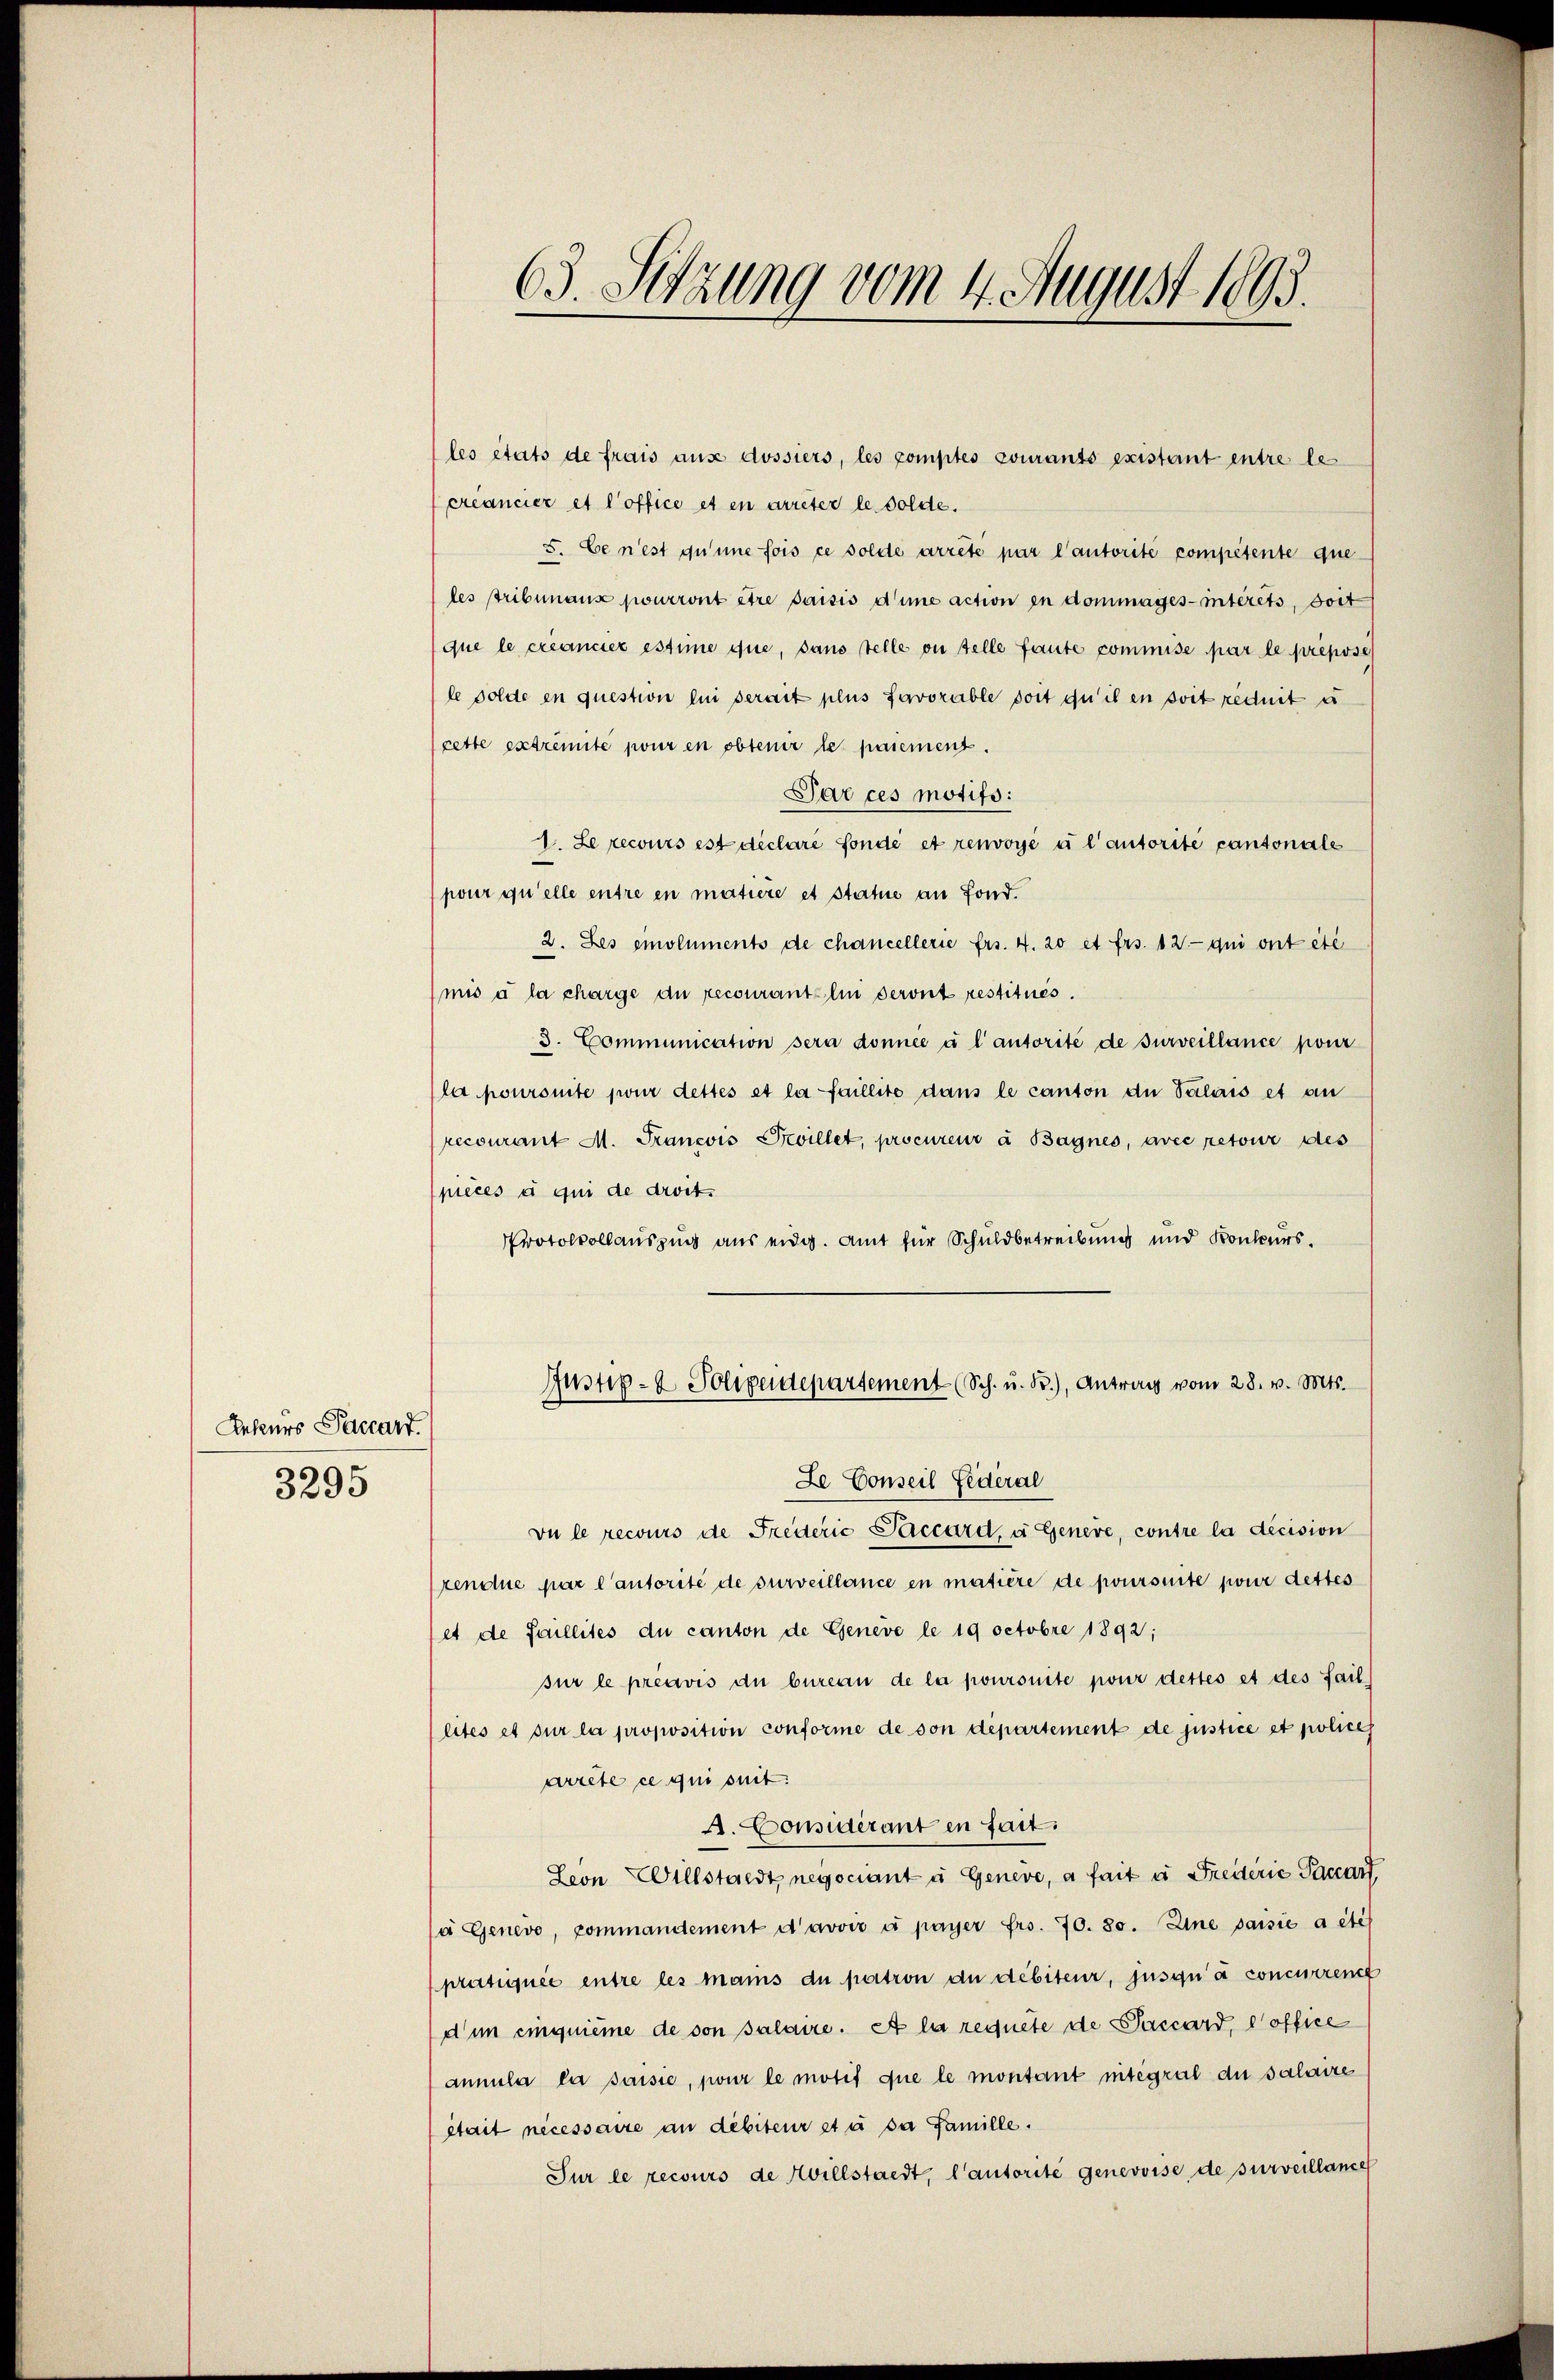
Rekurs Saccart.
3295

63. Setzung vom 4. August 1803.

les états de frais aus dossiers, les comptes courants existant entre le
créancier et l’office et en arreter le solde.
5. Ce n’est qu’une fois ce solde arrête par l’autorité competente que
les stribunaus pourront être saisis d’une action in dommages-intérêts, doit
que le créancier estime que, sans telle ou telle faute commise par le preposé
le solde en question lui serait plus favorable doit qu’il en soit reduit u
cette extremite pour en obtenir le paiement.
Par ces motifs:
1. Le recours est déclaré fonde et renvoyé à l’autorite cantonale
pour qu’elle entre en matière et statue an Fond.
2. Les emoluments de chancellerie frs. 4. 20 et frs. 12- qui ont été
mis à la charge du recourantelin deront restitués.
8. Communication sera donnée à l’autorité de surveillance pour
la pouronte jour dettes et la faillite dans le canton du Valais et an
recourant M. Francois Bevillet, procureur à Bagnes, avec retour des
pièces et qui de droit.
Protocollauszug aus eidg. Amt für Schuldbetreibung und Konkurs.
Justiz- & Polizeidepartement (Sch. u. B.), Antrag vom 28. v. Mts.
Ze Conseil Federal
vu le recours de Frederić Saccard, u. Genere, contre la decision
rendue par l’autorité de surveillance en matière de poursuite pour dettes
set de faillites du canton de Geneve le 19 Octobre 1892;
sur le préavis du bureau de la poursuite pour dettes et des Sail
lités et sur la proposition conforme de von département de justice et policeh
arrête ce qui suit.
A. Considérant en fait.
Leon Willstaedt negociant u Genere, a fait u Frederie Paccart
sa Genevo, commandement d’avoir u payer frs. 770. 80. Eine paisie a été
pratiquée entre les manis du patron du débiteur, jusqu’à concurren
dum einquième de von salaire. et la requete de Saccard, office
annula la saisie, pour le motif que le montant mitegral die Salaire
était necessaire an debiteur et à sa famille.
Sur le recours de Hillstadt, Cantorite genevoise de surveillance